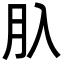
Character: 𦘲